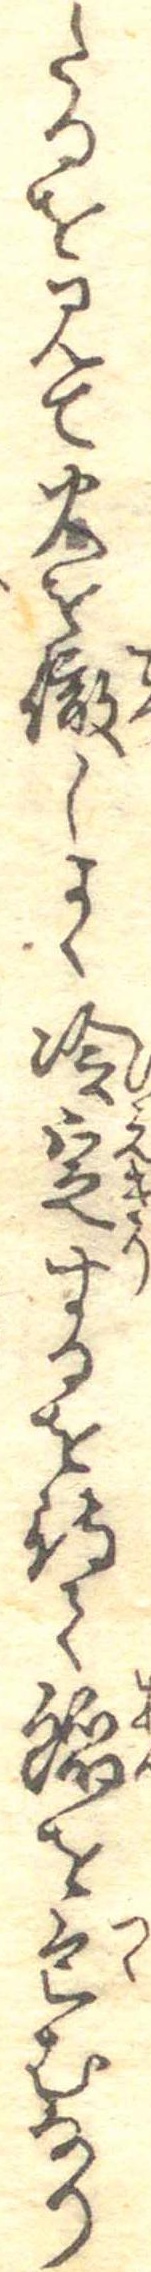
たるを見て火を徹しよく冷定するを待て餡を包むなり